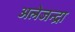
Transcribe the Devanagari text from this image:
अलेजन्द्रा